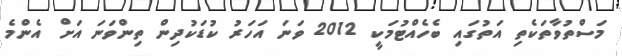
މަސްތުވާތަކެތި އަތުގައި ބެހެއްޓުމަކީ 2012 ވަނަ އަހަރު ކުޑަކުދިން ތިންވަނަ އަށް އެންމެ